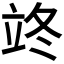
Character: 𮵦